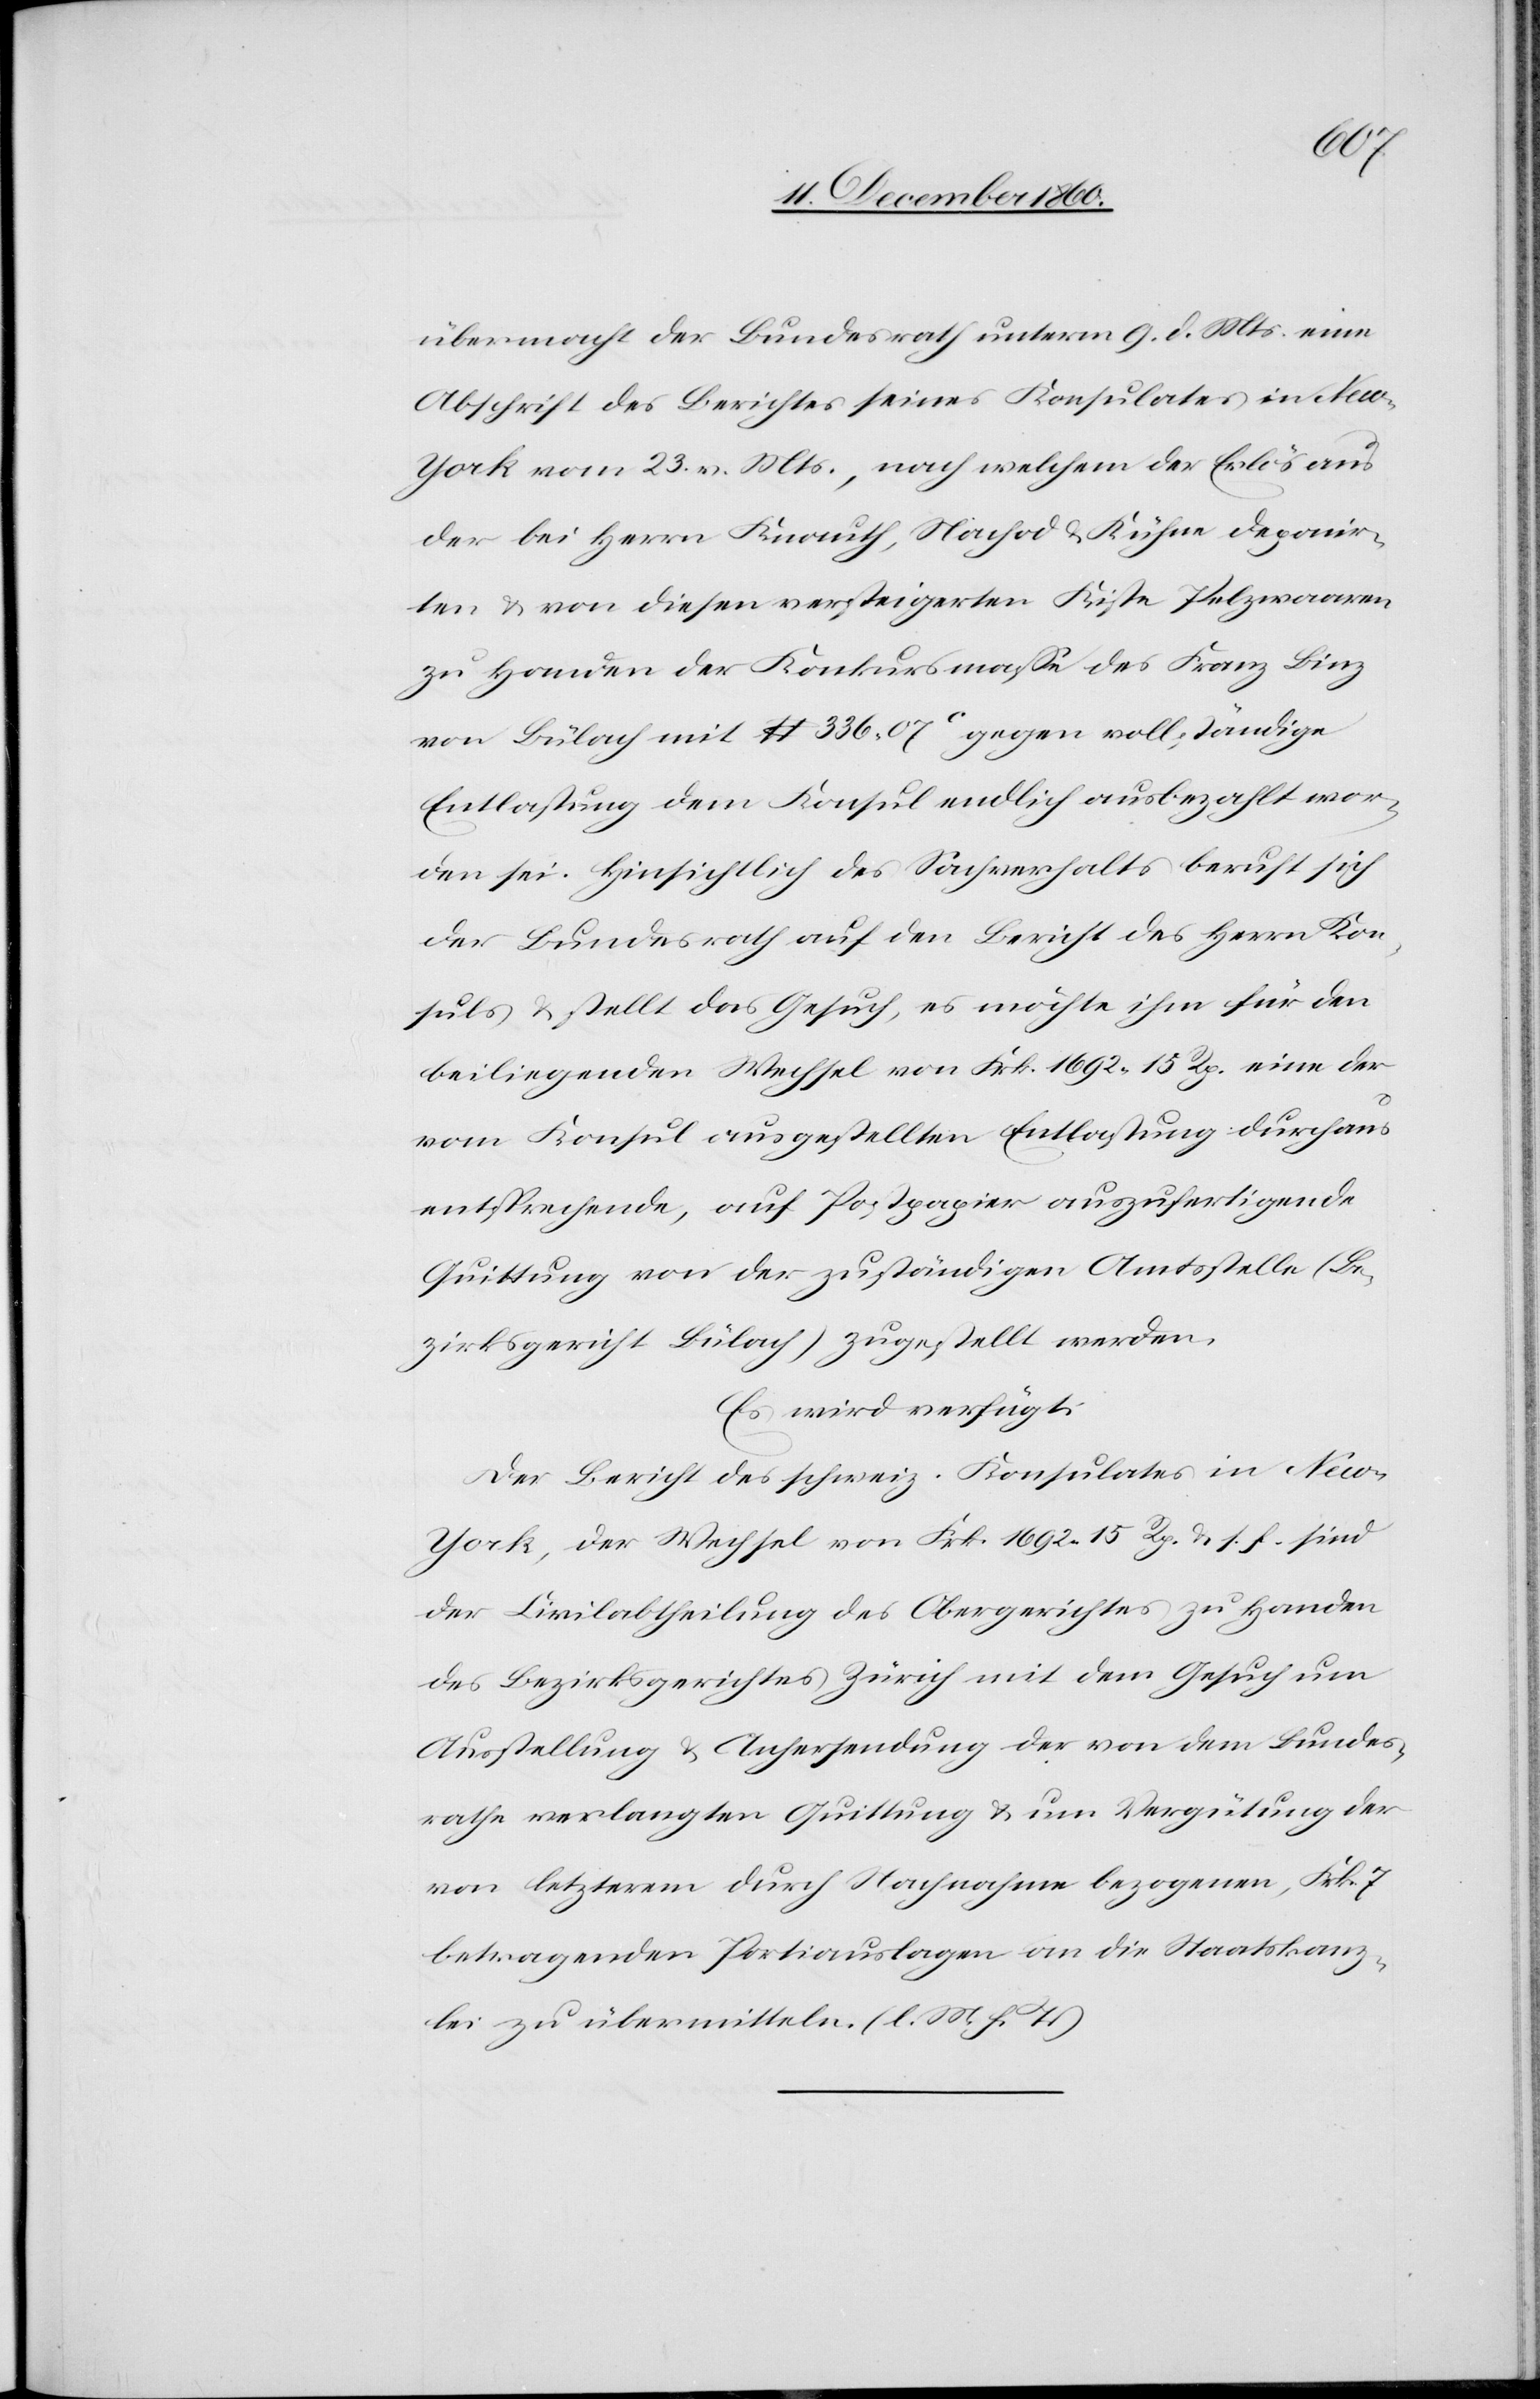
übermacht der Bundesrath unterm 9. d. Mts. eine
Abschrift des Berichtes seines Konsulates in New-Y¬
ork vom 23. v. Mts., nach welchem der Erlös aus
der bei Herrn Knauth, Nachod u. Kühne deponir¬
ten u. von diesen versteigerten Kiste Pelzwaaren
zu Handen der Konkursmasse des Franz Binz
von Bülach mit $ 336 07C gegen vollständige
Entlassung dem Konsul endlich ausbezahlt wor¬
den sei. Hinsichtlich des Sachverhalts beruft sich
der Bundesrath auf den Bericht des Herrn Kon¬
suls u. stellt das Gesuch, es möchte ihm für den
beiliegenden Wechsel von Frk. 1692 15 Rp. eine der
vom Konsul ausgestellten Entlassung durchaus
entsprechende, auf Postpapier auszufertigende
Quittung von der zuständigen Amtsstelle (Be¬
zirksgericht Bülach) zugestellt werden.
Es wird verfügt:
Der Bericht des schweiz. Konsulates in Ne¬
w-York, der Wechsel von Frk. 1692 15 Rp. u. s. f. sind
der Civilabtheilung des Obergerichtes zu Handen
des Bezirksgerichtes Zürich mit dem Gesuch um
Ausstellung u. Anhersendung der von dem Bundes¬
rathe verlangten Quittung u. um Vergütung der
von letzterem durch Nachnahme bezogenen, Frk. 7
betragenden Portiauslagen an die Staatskanz¬
lei zu übermitteln. (l. M. h. T.)